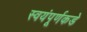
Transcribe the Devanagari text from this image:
स्वयंपूर्णकडे